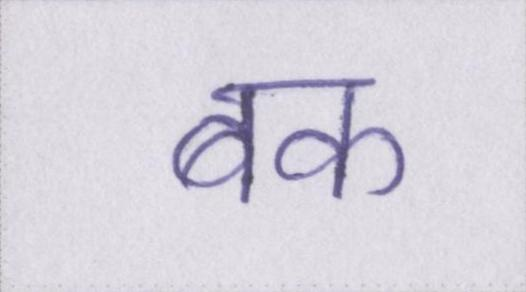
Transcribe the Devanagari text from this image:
बक